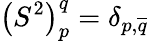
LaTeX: \left(S^{2}\right)_{p}^{q}=\delta_{p,\overline{{{q}}}}